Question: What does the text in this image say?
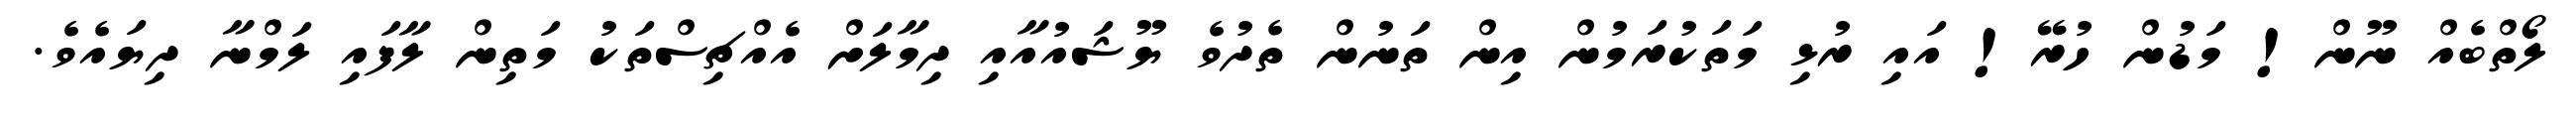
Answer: ލޯތްބެއް ނޫން! މަޑުން ހުރޭ! އައި ރުޅި މަތަކުރަމުން އިން ތަނުން ތެދުވެ ޔޫޝައުއާއި ދިމާލަށް އެއްޗިސްތަކު މަތިން ލާފައި ލަމްނާ ދިޔައެވެ.